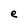
Character: e